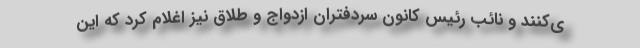
ی‌کنند و نائب رئیس کانون سردفتران ازدواج و طلاق نیز اغلام کرد که این